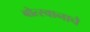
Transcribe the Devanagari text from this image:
बोत्स्वानाचे